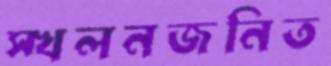
স্খলনজনিত